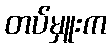
တပ်မှူးက